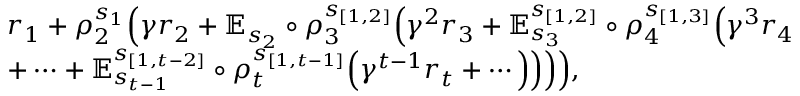
\begin{array} { r l } & { r _ { 1 } + \rho _ { 2 } ^ { s _ { 1 } } \Big ( \gamma r _ { 2 } + \mathbb { E } _ { s _ { 2 } } \circ { \rho _ { 3 } ^ { s _ { [ 1 , 2 ] } } } \Big ( \gamma ^ { 2 } r _ { 3 } + \mathbb { E } _ { s _ { 3 } } ^ { s _ { [ 1 , 2 ] } } \circ { \rho _ { 4 } ^ { s _ { [ 1 , 3 ] } } } \Big ( \gamma ^ { 3 } r _ { 4 } } \\ & { + \cdots + \mathbb { E } _ { s _ { t - 1 } } ^ { s _ { [ 1 , t - 2 ] } } \circ { \rho _ { t } ^ { s _ { [ 1 , t - 1 ] } } } \Big ( \gamma ^ { t - 1 } r _ { t } + \cdots \Big ) \Big ) \Big ) \Big ) , } \end{array}